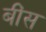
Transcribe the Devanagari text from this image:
बींस